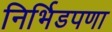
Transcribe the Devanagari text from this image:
निर्भिडपणा